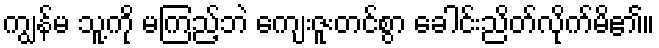
ကျွန်မ သူ့ကို မကြည့်ဘဲ ကျေးဇူးတင်စွာ ခေါင်းညိတ်လိုက်မိ၏။